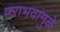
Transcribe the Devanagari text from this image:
पराभवांमुळे